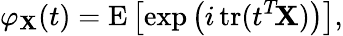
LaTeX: \varphi_{\mathbf{X}}(t)=\operatorname{E}\left[\exp\left(i\operatorname{tr}(t^{T}\! \mathbf{X})\right)\right],